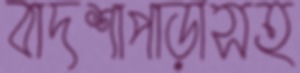
বাদশাপাড়াসহ